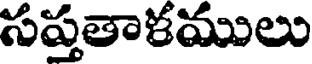
సప్తతాకములు